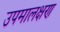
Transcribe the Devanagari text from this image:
उपमालक्षण